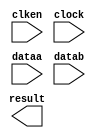
// megafunction wizard: %LPM_MULT%VBB%
// GENERATION: STANDARD
// VERSION: WM1.0
// MODULE: lpm_mult 

// ============================================================
// Megafunction Name(s):
// 			lpm_mult
//
// Simulation Library Files(s):
// 			lpm
// ============================================================
// ************************************************************
// THIS IS A WIZARD-GENERATED FILE. DO NOT EDIT THIS FILE!
//
// 11.0 Build 157 04/27/2011 SJ Full Version
// ************************************************************

//Copyright (C) 1991-2011 Altera Corporation
//Your use of Altera Corporation's design tools, logic functions 
//and other software and tools, and its AMPP partner logic 
//functions, and any output files from any of the foregoing 
//(including device programming or simulation files), and any 
//associated documentation or information are expressly subject 
//to the terms and conditions of the Altera Program License 
//Subscription Agreement, Altera MegaCore Function License 
//Agreement, or other applicable license agreement, including, 
//without limitation, that your use is for the sole purpose of 
//programming logic devices manufactured by Altera and sold by 
//Altera or its authorized distributors.  Please refer to the 
//applicable agreement for further details.

module weightSumMult (
	clken,
	clock,
	dataa,
	datab,
	result);

	input	  clken;
	input	  clock;
	input	[17:0]  dataa;
	input	[17:0]  datab;
	output	[35:0]  result;

endmodule

// ============================================================
// CNX file retrieval info
// ============================================================
// Retrieval info: PRIVATE: AutoSizeResult NUMERIC "1"
// Retrieval info: PRIVATE: B_isConstant NUMERIC "0"
// Retrieval info: PRIVATE: ConstantB NUMERIC "0"
// Retrieval info: PRIVATE: INTENDED_DEVICE_FAMILY STRING "Stratix IV"
// Retrieval info: PRIVATE: LPM_PIPELINE NUMERIC "1"
// Retrieval info: PRIVATE: Latency NUMERIC "1"
// Retrieval info: PRIVATE: SYNTH_WRAPPER_GEN_POSTFIX STRING "0"
// Retrieval info: PRIVATE: SignedMult NUMERIC "1"
// Retrieval info: PRIVATE: USE_MULT NUMERIC "1"
// Retrieval info: PRIVATE: ValidConstant NUMERIC "1"
// Retrieval info: PRIVATE: WidthA NUMERIC "18"
// Retrieval info: PRIVATE: WidthB NUMERIC "18"
// Retrieval info: PRIVATE: WidthP NUMERIC "36"
// Retrieval info: PRIVATE: aclr NUMERIC "0"
// Retrieval info: PRIVATE: clken NUMERIC "1"
// Retrieval info: PRIVATE: new_diagram STRING "1"
// Retrieval info: PRIVATE: optimize NUMERIC "1"
// Retrieval info: LIBRARY: lpm lpm.lpm_components.all
// Retrieval info: CONSTANT: LPM_HINT STRING "MAXIMIZE_SPEED=9"
// Retrieval info: CONSTANT: LPM_PIPELINE NUMERIC "1"
// Retrieval info: CONSTANT: LPM_REPRESENTATION STRING "SIGNED"
// Retrieval info: CONSTANT: LPM_TYPE STRING "LPM_MULT"
// Retrieval info: CONSTANT: LPM_WIDTHA NUMERIC "18"
// Retrieval info: CONSTANT: LPM_WIDTHB NUMERIC "18"
// Retrieval info: CONSTANT: LPM_WIDTHP NUMERIC "36"
// Retrieval info: USED_PORT: clken 0 0 0 0 INPUT NODEFVAL "clken"
// Retrieval info: USED_PORT: clock 0 0 0 0 INPUT NODEFVAL "clock"
// Retrieval info: USED_PORT: dataa 0 0 18 0 INPUT NODEFVAL "dataa[17..0]"
// Retrieval info: USED_PORT: datab 0 0 18 0 INPUT NODEFVAL "datab[17..0]"
// Retrieval info: USED_PORT: result 0 0 36 0 OUTPUT NODEFVAL "result[35..0]"
// Retrieval info: CONNECT: @clken 0 0 0 0 clken 0 0 0 0
// Retrieval info: CONNECT: @clock 0 0 0 0 clock 0 0 0 0
// Retrieval info: CONNECT: @dataa 0 0 18 0 dataa 0 0 18 0
// Retrieval info: CONNECT: @datab 0 0 18 0 datab 0 0 18 0
// Retrieval info: CONNECT: result 0 0 36 0 @result 0 0 36 0
// Retrieval info: GEN_FILE: TYPE_NORMAL weightSumMult.v TRUE
// Retrieval info: GEN_FILE: TYPE_NORMAL weightSumMult.inc FALSE
// Retrieval info: GEN_FILE: TYPE_NORMAL weightSumMult.cmp FALSE
// Retrieval info: GEN_FILE: TYPE_NORMAL weightSumMult.bsf FALSE
// Retrieval info: GEN_FILE: TYPE_NORMAL weightSumMult_inst.v FALSE
// Retrieval info: GEN_FILE: TYPE_NORMAL weightSumMult_bb.v TRUE
// Retrieval info: LIB_FILE: lpm